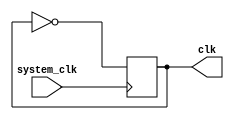
`timescale 1ns / 1ps
//////////////////////////////////////////////////////////////////////////////////
// Class: Experiments on Fundamentals of Digital Logic and Processor
// Designer: Shao Chenyang
// 
// Design Name: PipelineCPU
// Module Name: Frequency
// Project Name: Pipeline-cpu
// Target Devices: 
// Tool Versions: Vivado 2017.4 
// Description: store datas
// 
// Dependencies: As the Maximum normal operating frequency is 80MHz, 
//                  so it is necessary to divide the frequency.
// Revision:
// Revision 0.01 - File Created
// Additional Comments:
// 
//////////////////////////////////////////////////////////////////////////////////

module Frequency (system_clk,clk); 

    input system_clk;
    output reg clk; 

    initial 
    begin
        clk <= 0;
    end

    always @(posedge system_clk)   //100MHz->50kHz
    begin
            clk <= ~clk;   
    end

endmodule